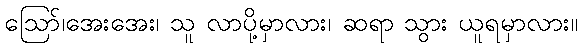
ဪ၊အေးအေး၊ သူ လာပို့မှာလား၊ ဆရာ သွား ယူရမှာလား။